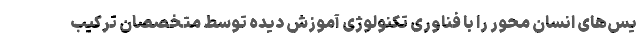
یس‌های انسان محور را با فناوری تکنولوژی آموزش دیده توسط متخصصان ترکیب